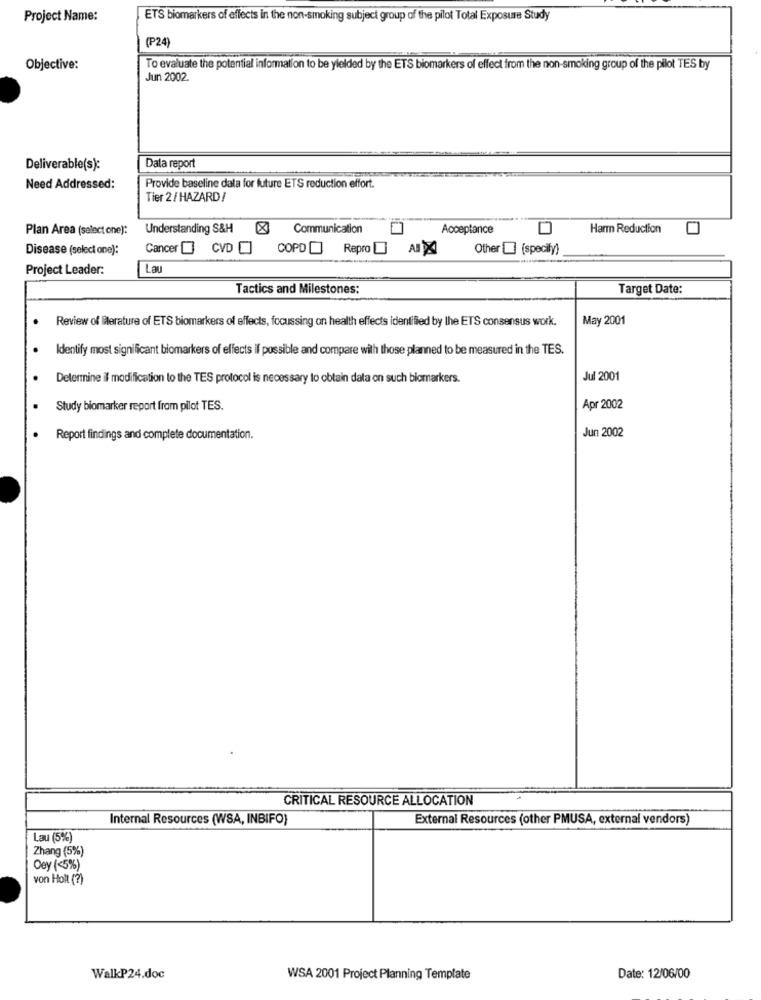
Project Name:
ETS biomarkers of effects in the non-smoking subject group of the pilot Total Exposure Study
(P24)
Objective:
To evaluate the potential information to be yielded by the ETS biomarkers of effect from the non-smoking group of the pilot TES by
Jun 2002.
Deliverable(s):
Dala report
Need Addressed:
Provide baseline data for future ETS reduction effort.
Tier 2/ HAZARD/
Plan Area (select one):
Understanding S&H
Communication
Acceptance
Harm Reduction
Disease (select one):
Cancer [ CVD [] COPD[] Repro [] AX
Other (specify)
Project Leader:
Lau
Tactics and Milestones:
Target Date:
Review of lierature of ETS biomarkers of effects, focussing on health effects identified by the ETS consensus work.
May 2001
Identify most significant biomarkers of effects if possible and compare with those planned to be measured in the TES.
Determine il modification to the TES protocol is necessary to obtain data on such biomarkers.
Jul 2001
Study biomarker report from pilot TES.
Apr 2002
Report findings and complete documentation.
Jun 2002
CRITICAL RESOURCE ALLOCATION
Internal Resources (WSA, INBIFO)
External Resources (other PMUSA, external vendors)
Lau (5%)
Zhang (5%)
Dey (<5%)
von Holl (?)
WalkP24.doc
WSA 2001 Project Planning Template
Date: 12/06/00